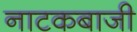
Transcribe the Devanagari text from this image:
नाटकबाजी